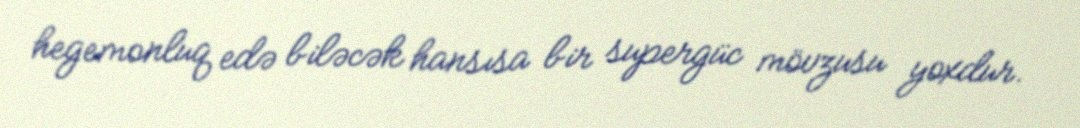
hegemonluq edə biləcək hansısa bir supergüc mövzusu yoxdur.